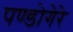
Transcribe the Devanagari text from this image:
पण्डोगेरे